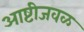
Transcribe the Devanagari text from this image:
आष्टीजवळ